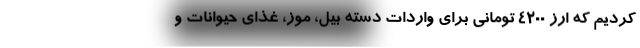
کردیم که ارز ۴۲۰۰ تومانی برای واردات دسته بیل، موز، غذای حیوانات و